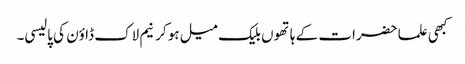
کبھی علما حضرات کے ہاتھوں بلیک میل ہو کر نیم لاک ڈاؤن کی پالیسی۔